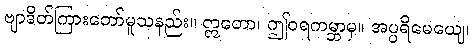
ဗျာဒိတ်ကြားတော်မူသနည်း။ ဣတော၊ ဤဝရကမ္ဘာမှ။ အပ္ပရိမေယျေ၊